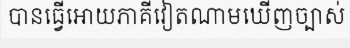
បានធ្វើអោយភាគីវៀតណាមឃើញច្បាស់